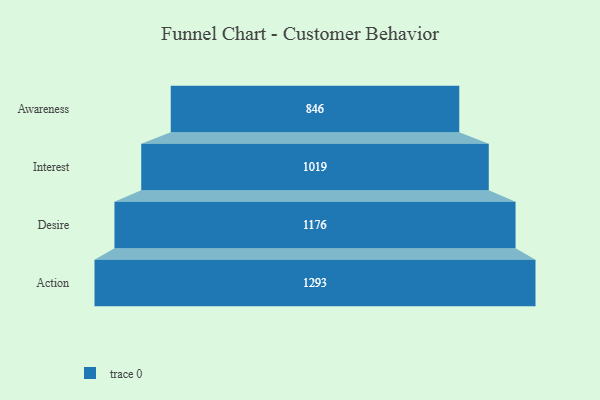
{"axis": {"x": "Stage", "y": "Value"}, "legend": [""], "data": [{"x": "Awareness", "y": 846.0, "type": ""}, {"x": "Interest", "y": 1019.0, "type": ""}, {"x": "Desire", "y": 1176.0, "type": ""}, {"x": "Action", "y": 1293.0, "type": ""}]}